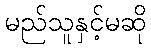
မည်သူနှင့်မဆို